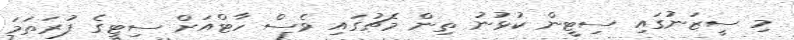
މި ސީޒަނުގައި ސިޓީން ކުޅުނު ތިން މެޗުގައި ވެސް ހާޓްއަށް ސިޓީގެ ފުރަތަމަ